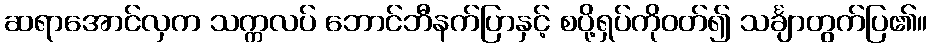
ဆရာအောင်လှက သက္ကလပ် ဘောင်ဘီနက်ပြာနှင့် စပို့ရှပ်ကိုဝတ်၍ သင်္ချာတွက်ပြ၏။